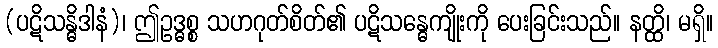
(ပဋိသန္ဓိဒါနံ)၊ ဤဥဒ္ဓစ္စ သဟဂုတ်စိတ်၏ ပဋိသန္ဓေကျိုးကို ပေးခြင်းသည်။ နတ္ထိ၊ မရှိ။